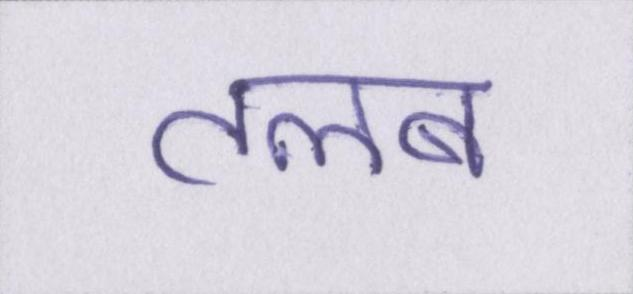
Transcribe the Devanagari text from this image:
तलब